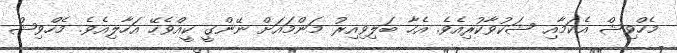
މެހްވިޝް އެކަމާއި ޝަކުވާކުރިއެވެ. އެހާ ބަލިވިއިރު މަންމައަށް ނޭންގީ ކީއްވެހޭ އަހާލިއެވެ. މެހްވިޝް